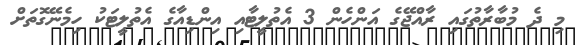
މި ދެ މުބާރާތުގައި ރާއްޖޭގެ އަންހެން 3 އެތުލީޓާއި އިންޑިއާގެ އެތުލީޓަކު ހިމެނޭގޮތަށް